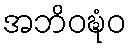
အဘိဝဍ္ဎံဝ